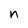
Character: n